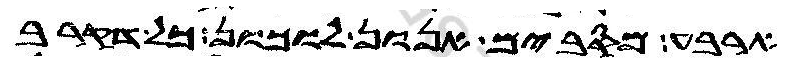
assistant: ארבע מסבים אנון לוכון כל דקרב